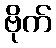
ဗိုက်